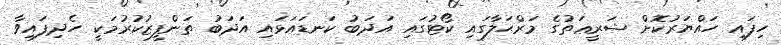
ހިފައި ހައްޔަރުކޮށް ޝަރީޢަތުގެ މަރްޙަލާގައި ކޯޓުގައި އަދަބު ކަނޑައަޅައި އަދަބު ތަންފީޒުކުރުމަކީ ހެދިފައިވާ